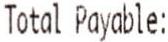
TOTAL PAYABLE: